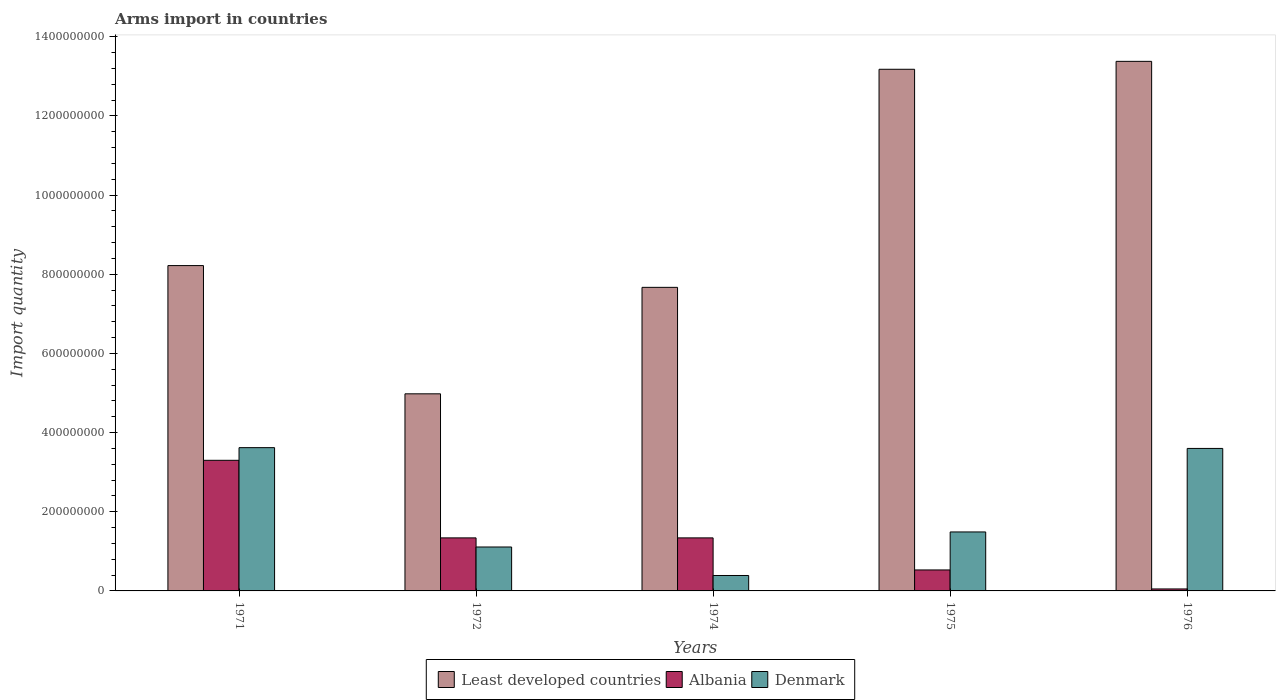
| Years | Least developed countries | Albania | Denmark |
 | --- | --- | --- | --- |
 | 1971 | 8.22e+08 | 3.3e+08 | 3.62e+08 |
 | 1972 | 4.98e+08 | 1.34e+08 | 1.11e+08 |
 | 1974 | 7.67e+08 | 1.34e+08 | 3.9e+07 |
 | 1975 | 1.32e+09 | 5.3e+07 | 1.49e+08 |
 | 1976 | 1.34e+09 | 5e+06 | 3.6e+08 |